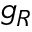
g _ { R }